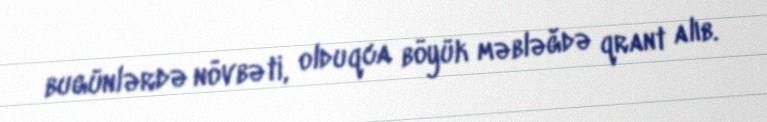
bugünlərdə növbəti, olduqca böyük məbləğdə qrant alıb.